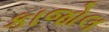
કાજોલ